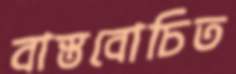
বাস্তবোচিত